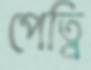
পেত্নি